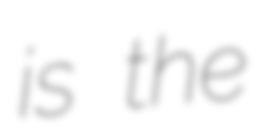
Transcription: is the